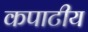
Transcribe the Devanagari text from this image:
कपाटीय